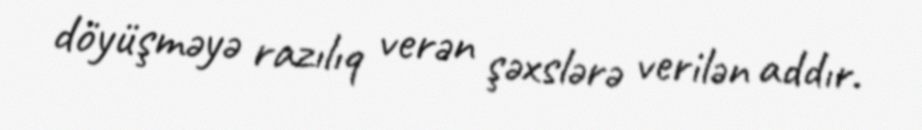
döyüşməyə razılıq verən şəxslərə verilən addır.